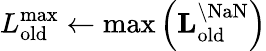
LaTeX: L_{\mathrm{old}}^{\mathrm{max}}\leftarrow\mathrm{max}\left(\mathbf{L}_{\mathrm{old}}^{\backslash\mathrm{NaN}}\right)